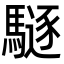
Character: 䮱